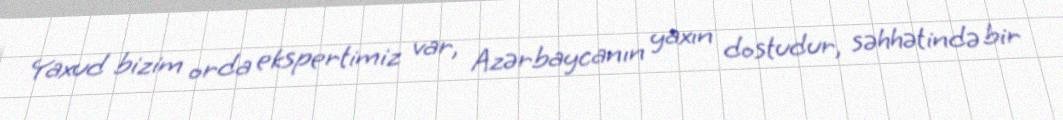
Yaxud bizim orda ekspertimiz var, Azərbaycanın yaxın dostudur, səhhətində bir